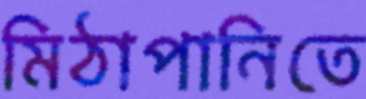
মিঠাপানিতে